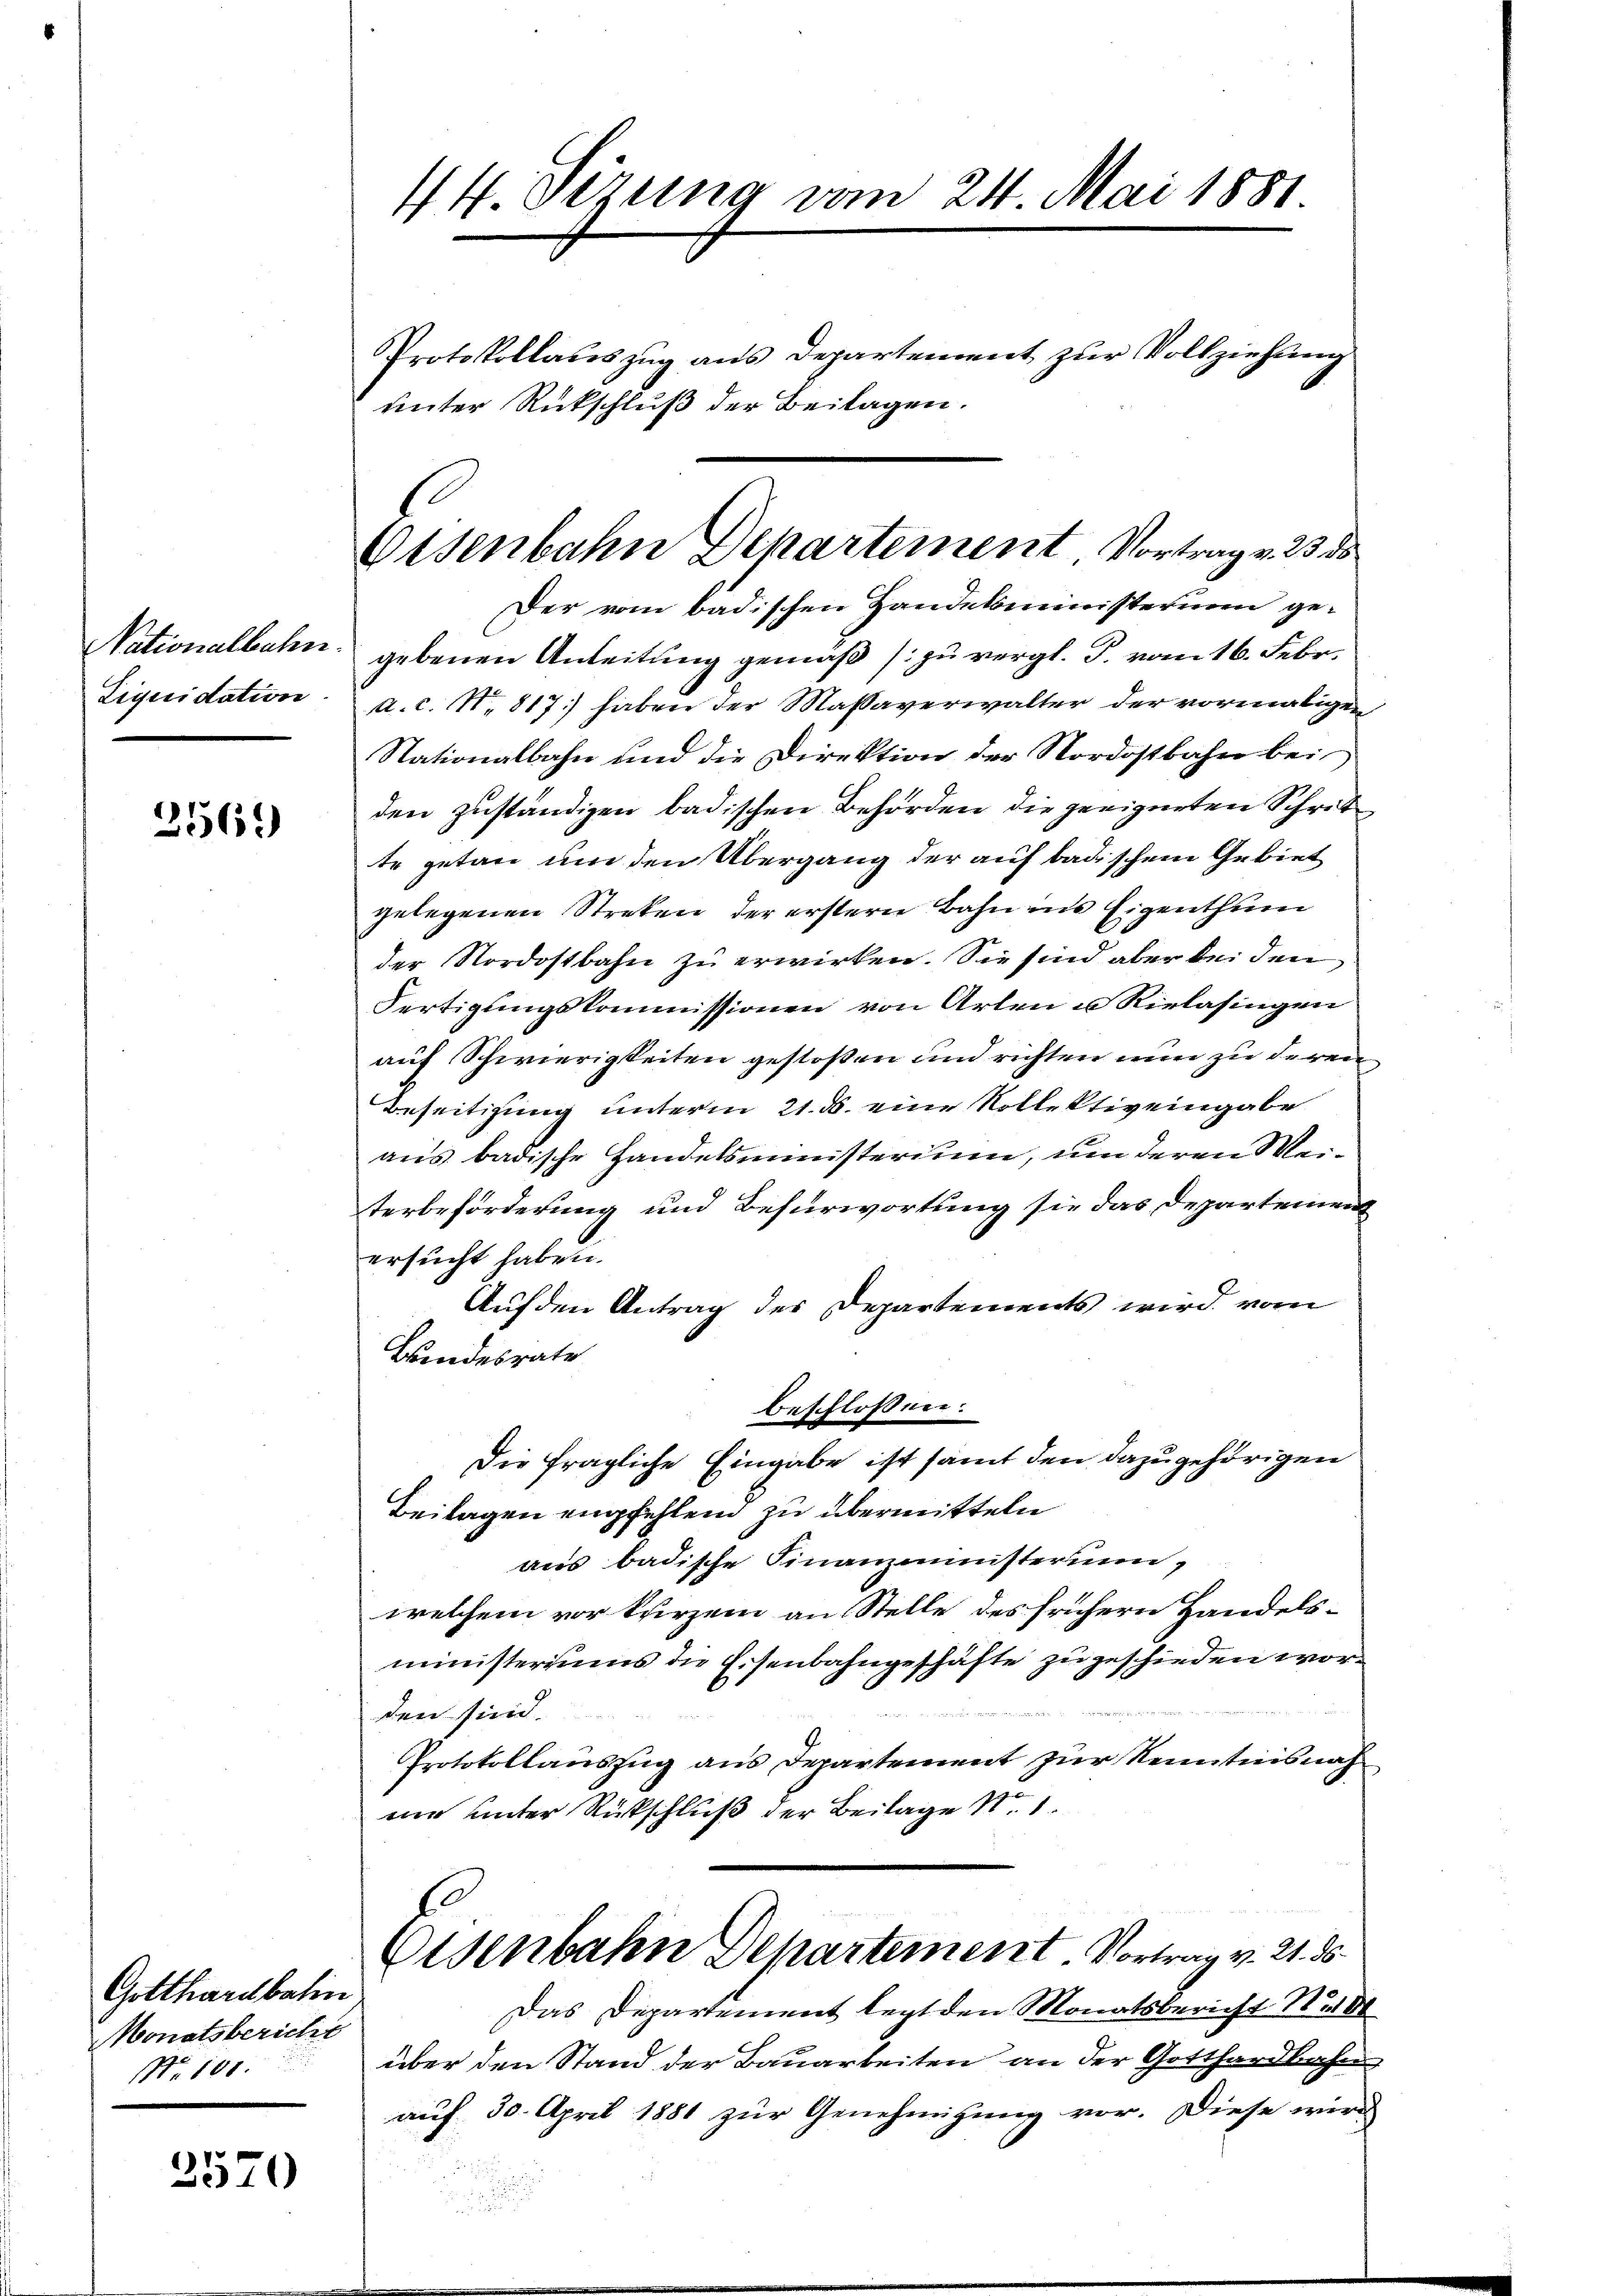
Nationalbahn
Liquidation

2569)

Gotthardbahn
Monatsbericht
NNo. 100.

3310)

44. Setzung vom 24. Mai 1881

Protokollauszug aus Departement zur Vollziehung
unter Rückschluß der Beilagen.
Der vom badischen Handelsministerium ge-
gebenen Anleitung gemäß zu vergl. T. vom 16. Febr.
a. c. N. 817) haben der Massaverwalter der vormaligen,
Nationalbahn und die Direktion der Nordostbahn bei
den zuständigen badischen Behörden die geeigneten Schret
te getan um den Übergang der auf badischem Gebiet
gelegenen Streken der erstern Bahn ins Eigenthum
der Nordostbahn zu erwirken. Sie sind aber bei den
Fertigungskommissionen von Arten u Rielasingen
auf Schwierigkeiten gestoßen und richten nun zu deren
Beseitigung unterm 21. ds. eine Rollektiv eingabe
aus badische Handelsministerium, um deren Meiterbeförderung und Befürwortung sie das Departement
ersucht haben.
Auf den Antrag des Departements wird vom
Bundesrate
beschlossen:
Die fragliche Eingabe ist samt den dazu gehörigen
Beilagen empfehlen zu übermitteln
aus badische Finanzministerium,
welchem vor kurzem an Stelle des frühern Handelsministeriums die Eisenbahngeschäfte zugeschieden worden sind.
Protokollauszug aus Departement zur Kenntnisnah
ne unter Rückschluß der Beilage No. 1
Eisenbahn Departement. Vortrag v. 21. ds.
Das Departement legt den Monatsbericht St
über den Stand der Bauarbeiten an der Gotthardbahn
auf 30. April 1881 zur Genehmigung vor. Diese wird

Eisenbahn Departement Vortrag v. 23. ds